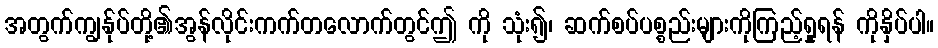
အတွက်ကျွန်ုပ်တို့၏အွန်လိုင်းကက်တလောက်တွင်ဤ ကို သုံး၍၊ ဆက်စပ်ပစ္စည်းများကိုကြည့်ရှုရန် ကိုနှိပ်ပါ။